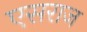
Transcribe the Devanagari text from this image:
एसराज